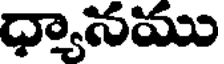
ధ్యానము